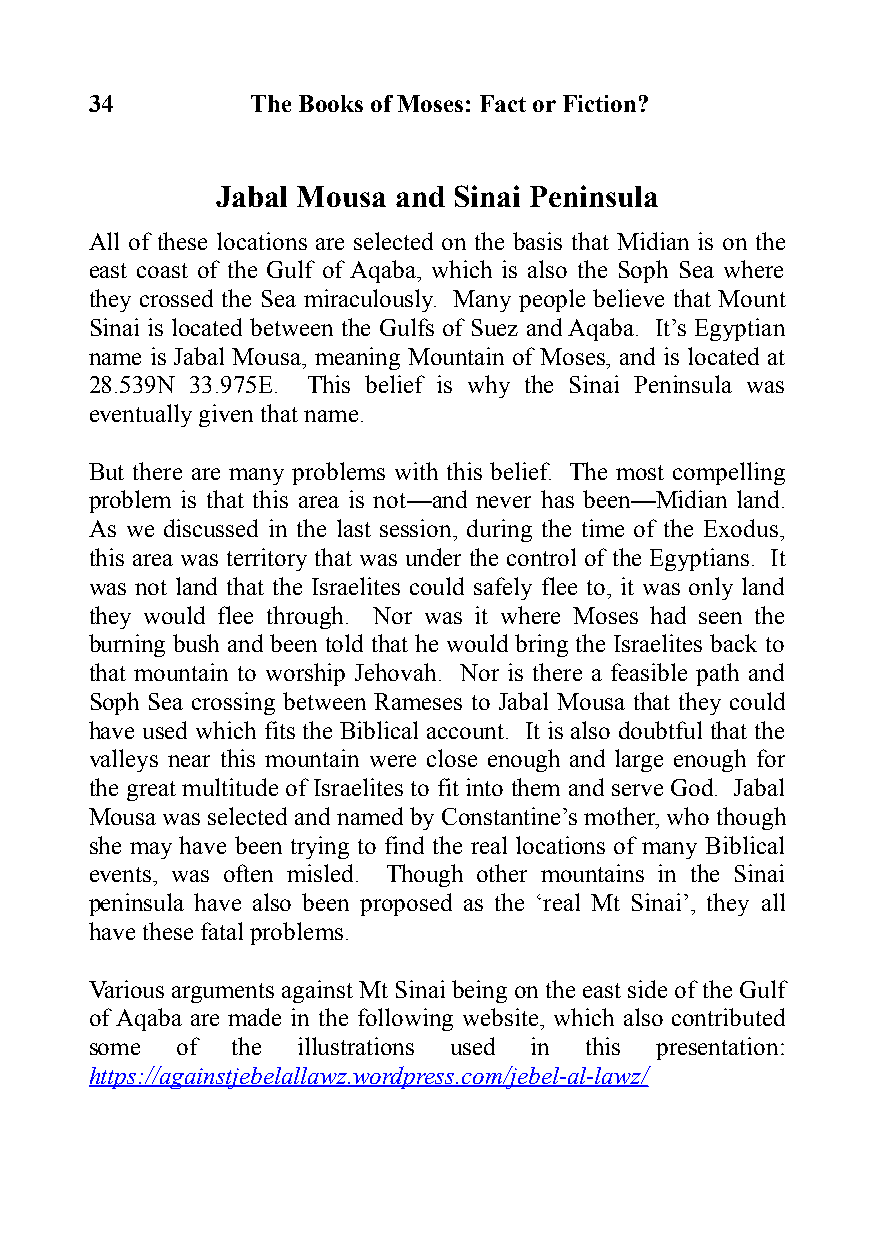
34         The Books of Moses: Fact or Fiction?
 Jabal Mousa and Sinai Peninsula
 All of these locations are selected on the basis that Midian is on the
 east coast of the Gulf of Aqaba, which is also the Soph Sea where
 they crossed the Sea miraculously. Many people believe that Mount
 Sinai is located between the Gulfs of Suez and Aqaba. It’s Egyptian
 name is Jabal Mousa, meaning Mountain of Moses, and is located at
 28.539N 33.975E. This belief is why the Sinai Peninsula was
 eventually given that name.
 But there are many problems with this belief. The most compelling
 problem is that this area is not—and never has been—Midian land.
 As we discussed in the last session, during the time of the Exodus,
 this area was territory that was under the control of the Egyptians. It
 was not land that the Israelites could safely flee to, it was only land
 they would flee through. Nor was it where Moses had seen the
 burning bush and been told that he would bring the Israelites back to
 that mountain to worship Jehovah. Nor is there a feasible path and
 Soph Sea crossing between Rameses to Jabal Mousa that they could
 have used which fits the Biblical account. It is also doubtful that the
 valleys near this mountain were close enough and large enough for
 the great multitude of Israelites to fit into them and serve God. Jabal
 Mousa was selected and named by Constantine’s mother, who though
 she may have been trying to find the real locations of many Biblical
 events, was often misled. Though other mountains in the Sinai
 peninsula have also been proposed as the ‘real Mt Sinai’, they all
 have these fatal problems.
 Various arguments against Mt Sinai being on the east side of the Gulf
 of Aqaba are made in the following website, which also contributed
 some  of the  illustrations used in this presentation:
 https://againstjebelallawz.wordpress.com/jebel-al-lawz/